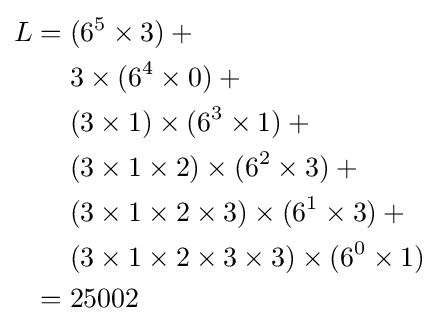
{\begin{aligned}L={}&(6^{5}\times 3)+{}\\&3\times (6^{4}\times 0)+{}\\&(3\times 1)\times (6^{3}\times 1)+{}\\&(3\times 1\times 2)\times (6^{2}\times 3)+{}\\&(3\times 1\times 2\times 3)\times (6^{1}\times 3)+{}\\&(3\times 1\times 2\times 3\times 3)\times (6^{0}\times 1){}\\={}&25002\end{aligned}}